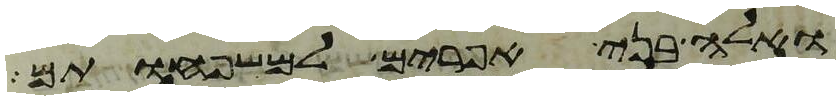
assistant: ואלה בני אפרים למשפחותם